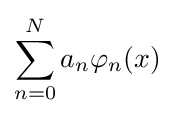
\sum _{n=0}^{N}a_{n}\varphi _{n}(x)